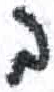
אות: ב